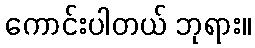
ကောင်းပါတယ် ဘုရား။